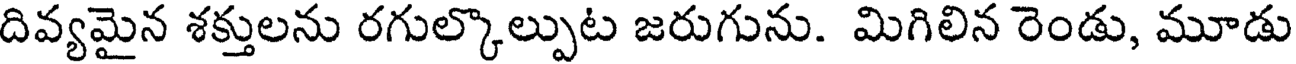
దివ్యమైన శక్తులను రగుల్కొల్పుట జరుగును. మిగిలిన రెండు, మూడు